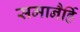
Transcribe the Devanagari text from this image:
समानैर्हि